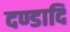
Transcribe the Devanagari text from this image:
दण्डादि